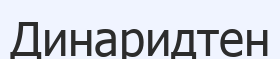
Динаридтен